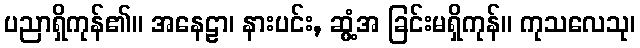
ပညာရှိကုန်၏။ အနေဠာ၊ နားပင်း, ဆွံ့အ ခြင်းမရှိကုန်။ ကုသလေသု၊